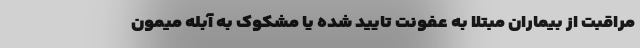
مراقبت از بیماران مبتلا به عفونت تایید شده یا مشکوک به آبله میمون